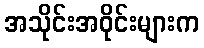
အသိုင်းအဝိုင်းများက